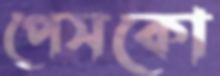
পেসকো